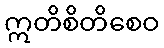
ဣတိစိတိစေဝ